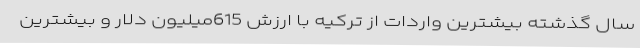
سال گذشته بیشترین واردات از ترکیه با ارزش 615میلیون دلار و بیشترین